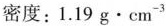
密度：1.19g\cdotcm^{-3}